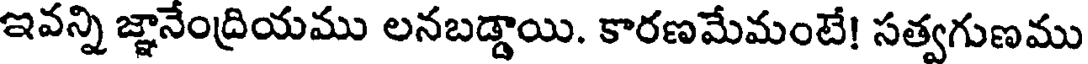
ఇవన్ని జ్ఞానేంద్రియము లనబడ్డాయి. కారణమేమంటే! సత్వగుణము